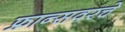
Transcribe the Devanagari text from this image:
फ्रान्सवरचे